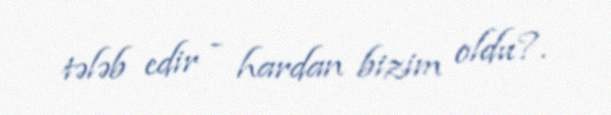
tələb edir - hardan bizim oldu?.